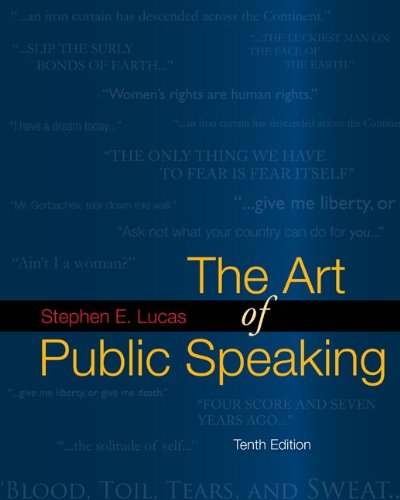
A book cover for The Art of Public Speaking, 10th Edition; Stephen E. Lucas; Reference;